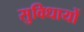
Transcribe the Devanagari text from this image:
सुविधायों